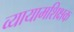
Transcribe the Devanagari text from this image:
व्यायामशिक्षक